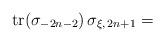
LaTeX: \begin{align*}\textnormal{tr}(\sigma_{-2n-2} ) \, \sigma_{\xi, \, 2n+1} =\end{align*}